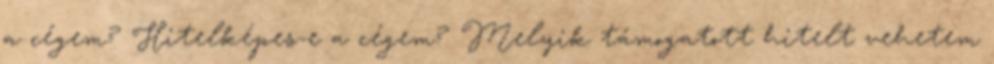
a cégem? Hitelképes-e a cégem? Melyik támogatott hitelt vehetem